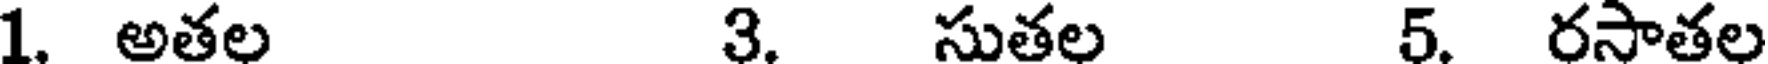
1. అతల 3. సుతల 5. రసాతల